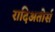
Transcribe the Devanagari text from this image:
रादिअतोर्स